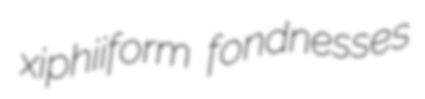
xiphiiform fondnesses